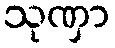
သုဏှာ